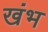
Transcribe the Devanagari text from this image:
खंभ